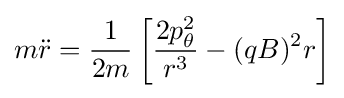
m{\ddot {r}}={\frac {1}{2m}}\left[{\frac {2p_{\theta }^{2}}{r^{3}}}-(qB)^{2}r\right]